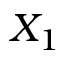
X _ { 1 }